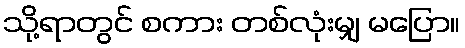
သို့ရာတွင် စကား တစ်လုံးမျှ မပြော။